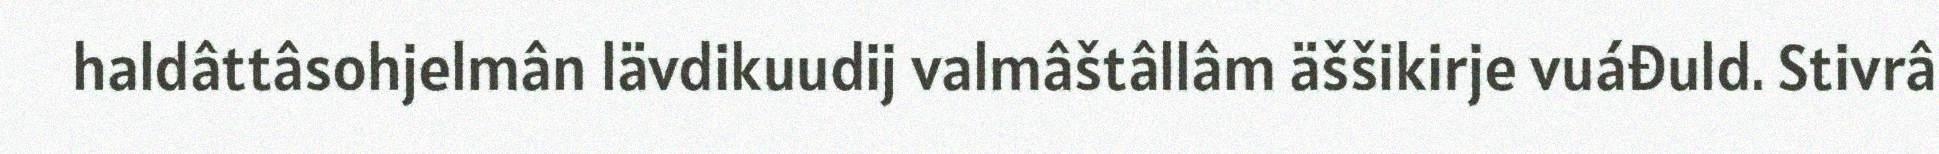
haldâttâsohjelmân lävdikuudij valmâštâllâm äššikirje vuáđuld. Stivrâ